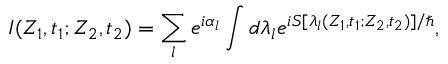
I ( Z _ { 1 } , t _ { 1 } ; Z _ { 2 } , t _ { 2 } ) = \sum _ { l } e ^ { i \alpha _ { l } } \int d \lambda _ { l } e ^ { i S [ \lambda _ { l } ( Z _ { 1 } , t _ { 1 } ; Z _ { 2 } , t _ { 2 } ) ] / \hbar } ,